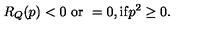
R _ { Q } ( p ) < 0 \ \mathrm { o r } \ = 0 , \mathrm { i f } p ^ { 2 } \geq 0 .